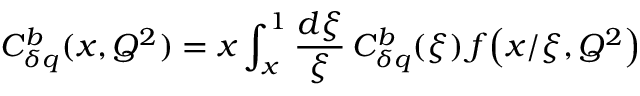
C _ { \delta q } ^ { b } ( x , Q ^ { 2 } ) = x \int _ { x } ^ { 1 } \frac { d \xi } { \xi } \, C _ { \delta q } ^ { b } ( \xi ) \, f \! \left( x / \xi , Q ^ { 2 } \right)